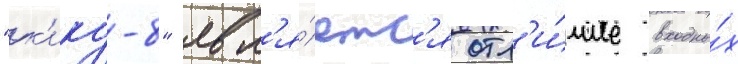
"к'ику-8" явл'я́етс'я отл'и́чие входны́х